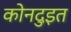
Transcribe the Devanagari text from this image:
कोनदुइत